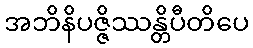
အဘိနိပဇ္ဇိဿန္တိပီတိပေ